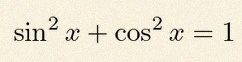
\sin^2x+\cos^2x=1